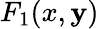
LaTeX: F_{1}(x,\mathbf{y})